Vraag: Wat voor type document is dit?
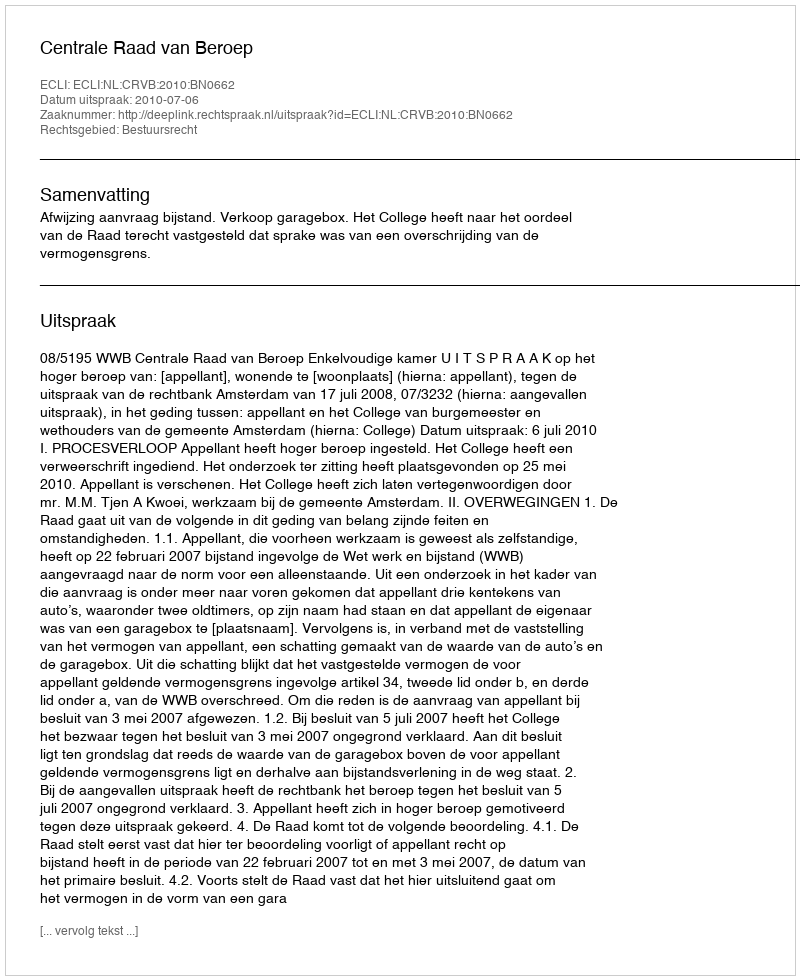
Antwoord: Uitspraak